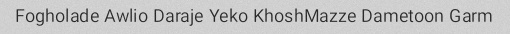
Fogholade Awlio Daraje Yeko KhoshMazze Dametoon Garm